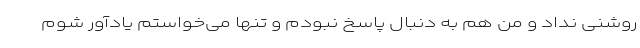
روشنی نداد و من هم به دنبال پاسخ نبودم و تنها می‌خواستم یادآور شوم